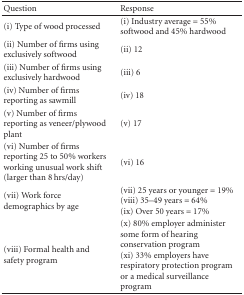
| Question | Response |
 | --- | --- |
 | (i) Type of wood processed | (i) Industry average = 55% softwood and 45% hardwood |
 | (ii) Number of firms using exclusively softwood | (ii) 12 |
 | (iii) Number of firms using exclusively hardwood | (iii) 6 |
 | (iv) Number of firms reporting as sawmill | (iv) 18 |
 | (v) Number of firms reporting as veneer/plywood plant | (v) 17 |
 | (vi) Number of firms reporting 25 to 50% workers working unusual work shift (larger than 8 hrs/day) | (vi) 16 |
 | (vii) Work force demographics by age | (vii) 25 years or younger = 19%(viii) 35–49 years = 64% (ix) Over 50 years = 17% |
 | (viii) Formal health and safety program | (x) 80% employer administer some form of hearing conservation program (xi) 33% employers have respiratory protection program or a medical surveillance program |